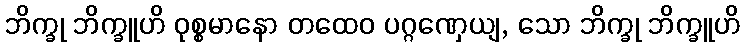
ဘိက္ခု ဘိက္ခူဟိ ဝုစ္စမာနော တထေဝ ပဂ္ဂဏှေယျ, သော ဘိက္ခု ဘိက္ခူဟိ